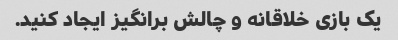
یک بازی خلاقانه و چالش برانگیز ایجاد کنید.